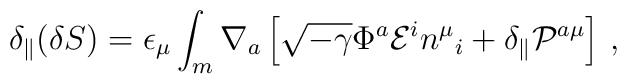
\delta_\parallel ( \delta S ) =\epsilon_\mu \int_m \nabla_a \left[\sqrt{-\gamma} \Phi^a {\cal E}^i n^\mu{}_i + \delta_ \parallel {\cal P}^{a\mu}\right] \,,